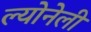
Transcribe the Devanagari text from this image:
ल्योनेली